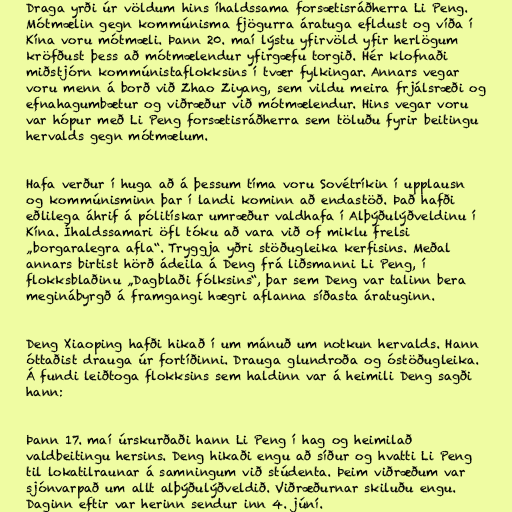
Draga yrði úr völdum hins íhaldssama forsætisráðherra Li Peng.
Mótmælin gegn kommúnisma fjögurra áratuga efldust og víða í
Kína voru mótmæli. Þann 20. maí lýstu yfirvöld yfir herlögum
kröfðust þess að mótmælendur yfirgæfu torgið. Hér klofnaði
miðstjórn kommúnistaflokksins í tvær fylkingar. Annars vegar
voru menn á borð við Zhao Ziyang, sem vildu meira frjálsræði og
efnahagumbætur og viðræður við mótmælendur. Hins vegar voru
var hópur með Li Peng forsætisráðherra sem töluðu fyrir beitingu
hervalds gegn mótmælum.

Hafa verður í huga að á þessum tíma voru Sovétríkin í upplausn
og kommúnisminn þar í landi kominn að endastöð. Það hafði
eðlilega áhrif á pólitískar umræður valdhafa í Alþýðulýðveldinu í
Kína. Íhaldssamari öfl tóku að vara við of miklu frelsi
„borgaralegra afla“. Tryggja yðri stöðugleika kerfisins. Meðal
annars birtist hörð ádeila á Deng frá liðsmanni Li Peng, í
flokksblaðinu „Dagblaði fólksins“, þar sem Deng var talinn bera
meginábyrgð á framgangi hægri aflanna síðasta áratuginn.

Deng Xiaoping hafði hikað í um mánuð um notkun hervalds. Hann
óttaðist drauga úr fortíðinni. Drauga glundroða og óstöðugleika.
Á fundi leiðtoga flokksins sem haldinn var á heimili Deng sagði
hann:

Þann 17. maí úrskurðaði hann Li Peng í hag og heimilað
valdbeitingu hersins. Deng hikaði engu að síður og hvatti Li Peng
til lokatilraunar á samningum við stúdenta. Þeim viðræðum var
sjónvarpað um allt alþýðulýðveldið. Viðræðurnar skiluðu engu.
Daginn eftir var herinn sendur inn 4. júní.